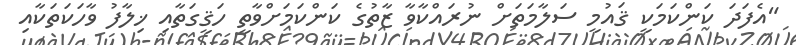
"އެފަދަ ކަންކަމަކީ ޤައުމީ ސަލާމަތަށް ނުރައްކާވާ ޒާތުގެ ކަންކަމަށްވާތީ ހަޤީގަތާއި ޚިލާފު ވާހަކަތަކާއި